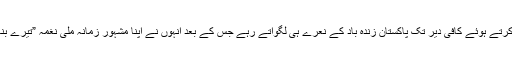
فاخر محمود پرفام کرنے آئے تووہ حب الوطنی کا مظاہرہ کرتے ہوئے کافی دیر تک پاکستان زندہ باد کے نعرے ہی لگواتے رہے جس کے بعد انہوں نے اپنا مشہور زمانہ ملی نغمہ ”تیرے بنا دل نہ لگے، پاکستان“ پر پرفارمنس کا شاندار مظاہرہ کیا۔